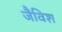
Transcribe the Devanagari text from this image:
जैविश